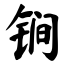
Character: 锏